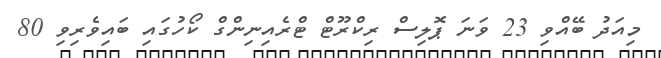
މިއަދު ބޭއްވި 23 ވަނަ ޕޮލިސް ރިކްރޫޓް ޓްރެއިނިންގް ކޯހުގައި ބައިވެރިވި 80